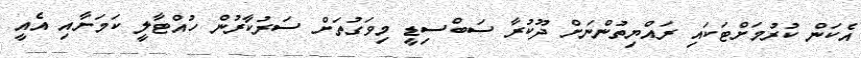
އެކަން ކުރުމަށްޓަކައި ރައްޔިތުންނަށް ދޫކުރާ ސަބްސިޑީ މިވަގުތަށް ސަރުކާރުން ހުއްޓާލީ ކަމަށާއި އެއީ